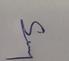
Signature authenticity: genuine